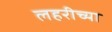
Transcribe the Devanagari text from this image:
लहरीच्या